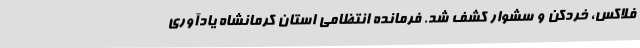
فلاکس، خردکن و سشوار کشف شد. فرمانده انتظامی استان کرمانشاه یادآوری